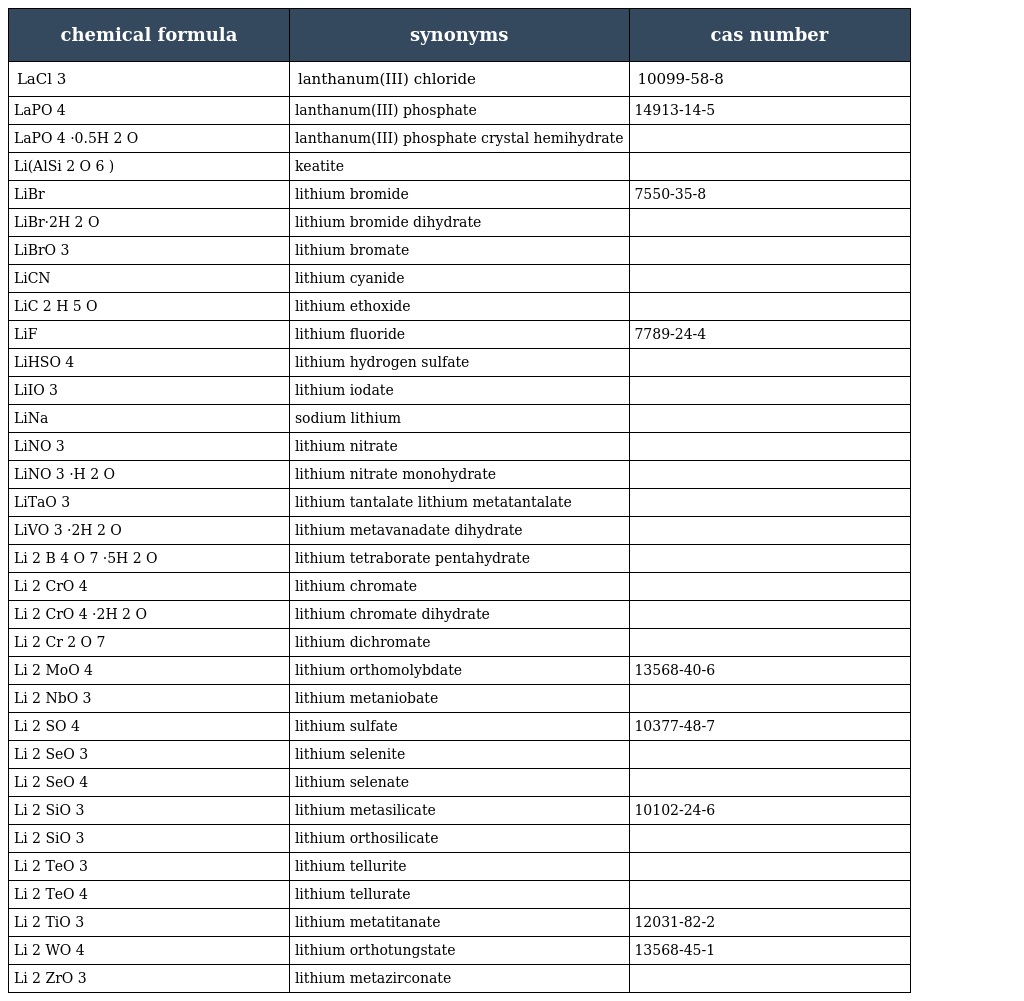
| chemical formula | synonyms | cas number |
 | --- | --- | --- |
 | LaCl 3 | lanthanum(III) chloride | 10099-58-8 |
 | LaPO 4 | lanthanum(III) phosphate | 14913-14-5 |
 | LaPO 4 ·0.5H 2 O | lanthanum(III) phosphate crystal hemihydrate |  |
 | Li(AlSi 2 O 6 ) | keatite |  |
 | LiBr | lithium bromide | 7550-35-8 |
 | LiBr·2H 2 O | lithium bromide dihydrate |  |
 | LiBrO 3 | lithium bromate |  |
 | LiCN | lithium cyanide |  |
 | LiC 2 H 5 O | lithium ethoxide |  |
 | LiF | lithium fluoride | 7789-24-4 |
 | LiHSO 4 | lithium hydrogen sulfate |  |
 | LiIO 3 | lithium iodate |  |
 | LiNa | sodium lithium |  |
 | LiNO 3 | lithium nitrate |  |
 | LiNO 3 ·H 2 O | lithium nitrate monohydrate |  |
 | LiTaO 3 | lithium tantalate lithium metatantalate |  |
 | LiVO 3 ·2H 2 O | lithium metavanadate dihydrate |  |
 | Li 2 B 4 O 7 ·5H 2 O | lithium tetraborate pentahydrate |  |
 | Li 2 CrO 4 | lithium chromate |  |
 | Li 2 CrO 4 ·2H 2 O | lithium chromate dihydrate |  |
 | Li 2 Cr 2 O 7 | lithium dichromate |  |
 | Li 2 MoO 4 | lithium orthomolybdate | 13568-40-6 |
 | Li 2 NbO 3 | lithium metaniobate |  |
 | Li 2 SO 4 | lithium sulfate | 10377-48-7 |
 | Li 2 SeO 3 | lithium selenite |  |
 | Li 2 SeO 4 | lithium selenate |  |
 | Li 2 SiO 3 | lithium metasilicate | 10102-24-6 |
 | Li 2 SiO 3 | lithium orthosilicate |  |
 | Li 2 TeO 3 | lithium tellurite |  |
 | Li 2 TeO 4 | lithium tellurate |  |
 | Li 2 TiO 3 | lithium metatitanate | 12031-82-2 |
 | Li 2 WO 4 | lithium orthotungstate | 13568-45-1 |
 | Li 2 ZrO 3 | lithium metazirconate |  |